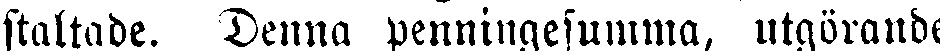
staltade. Denna penniugesumma, utgörande